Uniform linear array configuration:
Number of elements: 48
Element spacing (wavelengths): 0.75
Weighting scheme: hamming
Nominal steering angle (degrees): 30
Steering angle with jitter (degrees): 30.555
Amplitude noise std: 0.05
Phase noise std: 0.05

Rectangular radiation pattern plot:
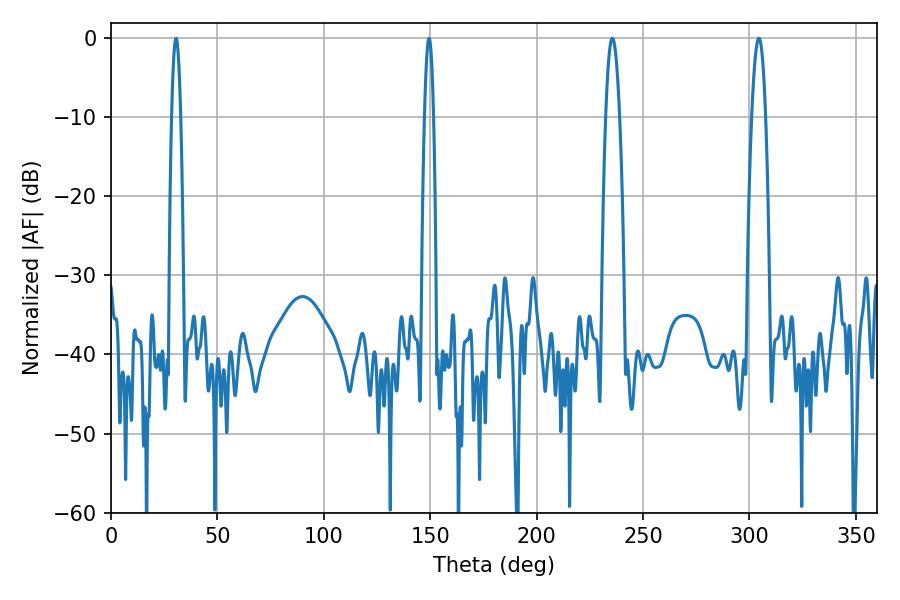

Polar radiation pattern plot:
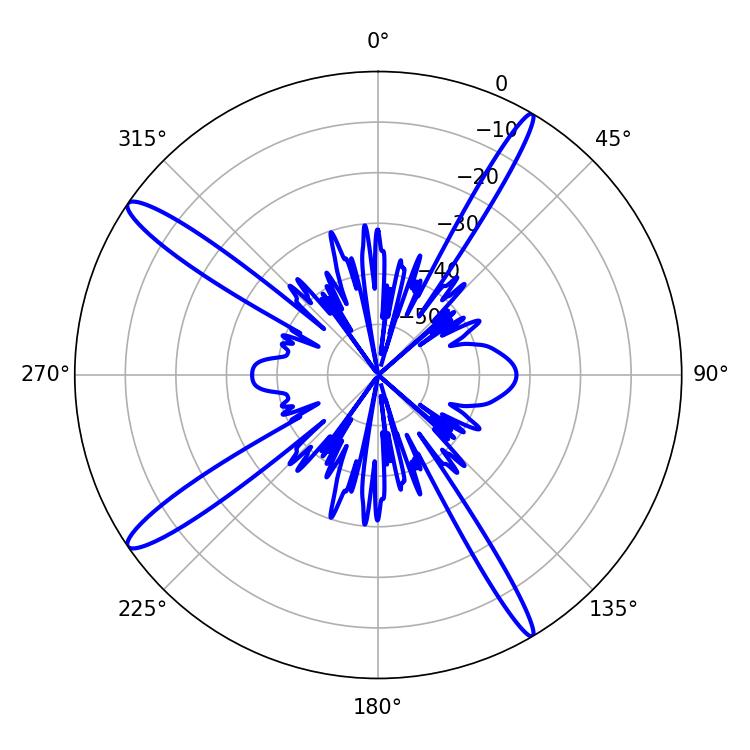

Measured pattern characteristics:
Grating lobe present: TRUE
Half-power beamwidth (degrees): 3.6
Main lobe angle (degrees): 235.62